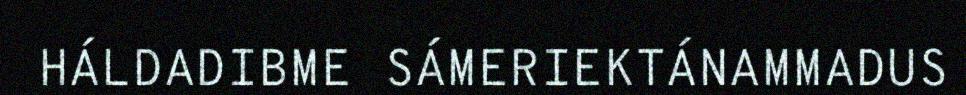
HÁLDADIBME SÁMERIEKTÁNAMMADUS